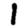
Digit: 1